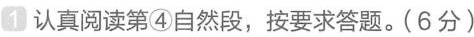
1 认真阅读第④自然段，按要求答题。(6分)